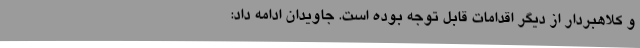
و کلاهبردار از دیگر اقدامات قابل توجه بوده است. جاویدان ادامه داد: